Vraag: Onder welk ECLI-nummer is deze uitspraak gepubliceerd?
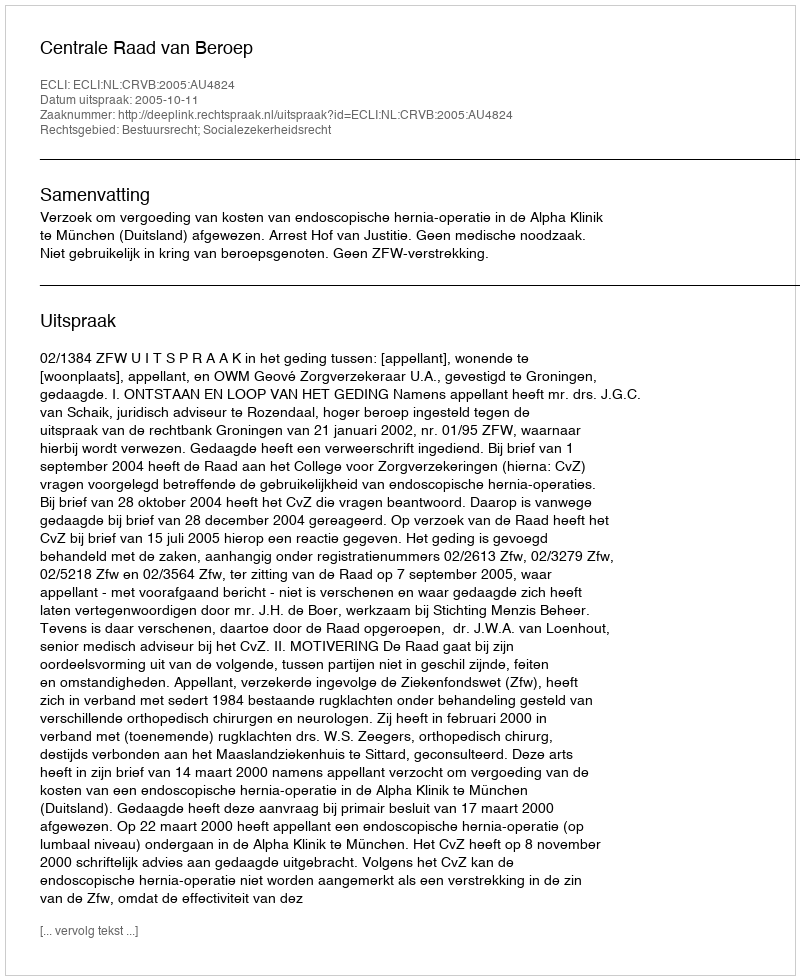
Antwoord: ECLI:NL:CRVB:2005:AU4824